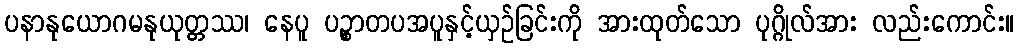
ပနာနုယောဂမနုယုတ္တဿ၊ နေပူ ပဉ္စာတပအပူနှင့်ယှဉ်ခြင်းကို အားထုတ်သော ပုဂ္ဂိုလ်အား လည်းကောင်း။